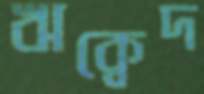
ঋক্বেদ